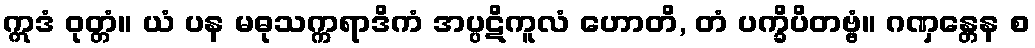
ဣဒံ ဝုတ္တံ။ ယံ ပန မဓုသက္ကရာဒိကံ အပ္ပဋိကူလံ ဟောတိ, တံ ပက္ခိပိတဗ္ဗံ။ ဂဏှန္တေန စ